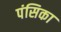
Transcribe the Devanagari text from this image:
पंसिका